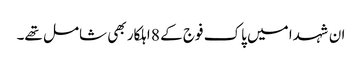
ان شہدا میں پاک فوج کے 8 اہلکار بھی شامل تھے۔